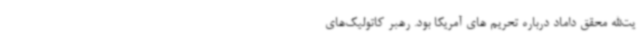
یت‌الله محقق داماد درباره تحریم های آمریکا بود. رهبر کاتولیک‌های